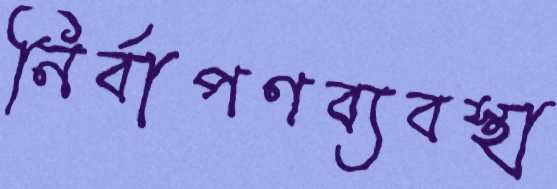
নির্বাপণব্যবস্থা